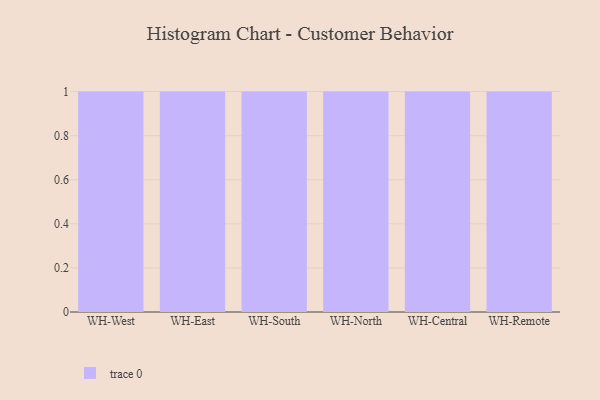
{"axis": {"x": "Warehouse", "y": "Satisfaction Score"}, "legend": [""], "data": [{"x": "WH-West", "y": 76, "type": ""}, {"x": "WH-East", "y": 34, "type": ""}, {"x": "WH-South", "y": 71, "type": ""}, {"x": "WH-North", "y": 91, "type": ""}, {"x": "WH-Central", "y": 71, "type": ""}, {"x": "WH-Remote", "y": 28, "type": ""}]}